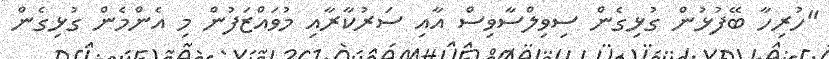
"ހުރިހާ ބޭފުޅުން ގުޅިގެން ސިވިލްސާވިސް އާއި ސަރުކާރާއި މުވައްޒަފުން މި އެންމެން ގުޅިގެން